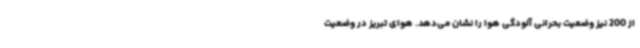
از 200 نیز وضعیت بحرانی آلودگی هوا را نشان می‌دهد. هوای تبریز در وضعیت